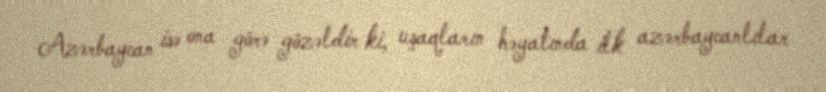
Azərbaycan isə ona görə gözəldir ki, uşaqların həyatında ilk azərbaycanlılar